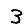
Digit: 3